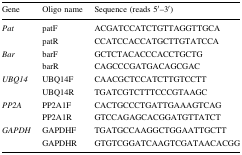
<table><thead><tr><td><b>Gene</b></td><td><b>Oligo name</b></td><td><b>Sequence (reads 5′–3′)</b></td></tr></thead><tbody><tr><td rowspan="2"><i>Pat</i></td><td>patF</td><td>ACGATCCATCTGTTAGGTTGCA</td></tr><tr><td>patR</td><td>CCATCCACCATGCTTGTATCCA</td></tr><tr><td rowspan="2"><i>Bar</i></td><td>barF</td><td>GCTCTACACCCACCTGCTG</td></tr><tr><td>barR</td><td>CAGCCCGATGACAGCGAC</td></tr><tr><td rowspan="2"><i>UBQ14</i></td><td>UBQ14F</td><td>CAACGCTCCATCTTGTCCTT</td></tr><tr><td>UBQ14R</td><td>TGATCGTCTTTCCCGTAAGC</td></tr><tr><td rowspan="2"><i>PP2A</i></td><td>PP2A1F</td><td>CACTGCCCTGATTGAAAGTCAG</td></tr><tr><td>PP2A1R</td><td>GTCCAGAGCACGGATGTTATCT</td></tr><tr><td rowspan="2"><i>GAPDH</i></td><td>GAPDHF</td><td>TGATGCCAAGGCTGGAATTGCTT</td></tr><tr><td>GAPDHR</td><td>GTGTCGGATCAAGTCGATAACACGG</td></tr></tbody></table>